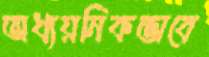
অধ্যয়নিকভাবে